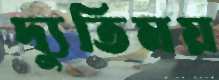
দ্যুতিময়